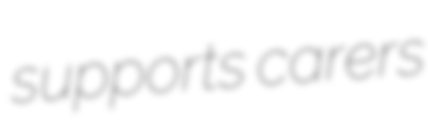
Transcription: supports carers